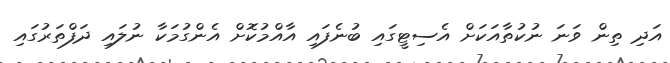
އަދި ތިން ވަނަ ނުކުތާއަކަށް އެސިޓީގައި ބުނެފައި އާއްމުކޮށް އެންގުމަކާ ނުލައި ދަފްތަރުގައި